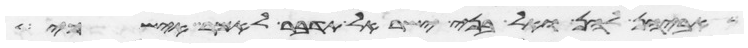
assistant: אביהן להן ואל בני ישראל תדבר לאמר איש